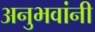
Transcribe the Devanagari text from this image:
अनुभवांनी